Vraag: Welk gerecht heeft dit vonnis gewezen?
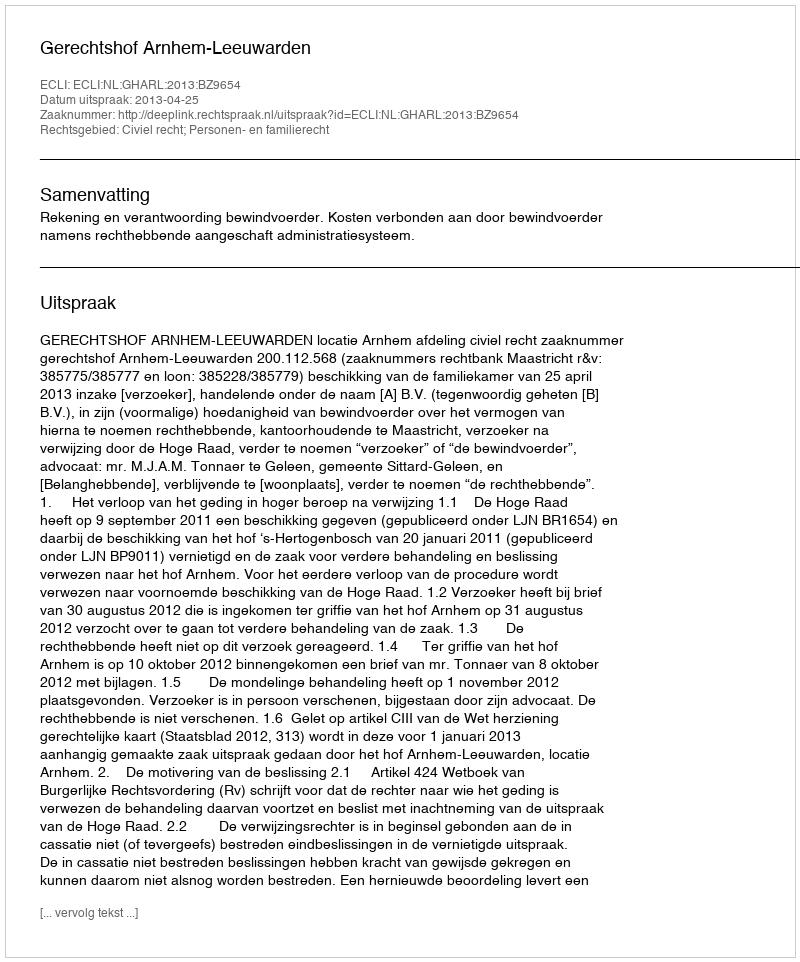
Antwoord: Gerechtshof Arnhem-Leeuwarden